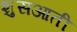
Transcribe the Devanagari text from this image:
शुसआती